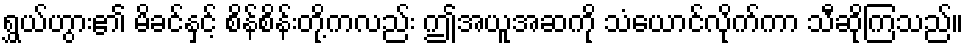
ရွှယ်ဟွား၏ မိခင်နှင့် စိန်စိန်းတို့ကလည်း ဤအယူအဆကို သံယောင်လိုက်ကာ သီဆိုကြသည်။